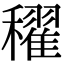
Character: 𥣞